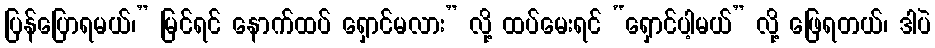
ပြန်ပြောရမယ်၊” မြင်ရင် နောက်ထပ် ရှောင်မလား” လို့ ထပ်မေးရင် “ရှောင်ပါ့မယ်” လို့ ဖြေရတယ်၊ ဒါပဲ